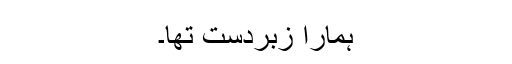
ہمارا زبردست تھا۔